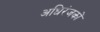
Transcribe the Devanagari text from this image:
अधिरंजकों